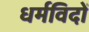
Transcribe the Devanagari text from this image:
धर्मविदों